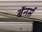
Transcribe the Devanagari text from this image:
बॅनर्स